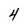
Character: 4